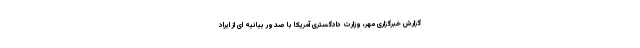
گزارش خبرگزاری مهر، وزارت دادگستری آمریکا با صدور بیانیه ای از ایراد